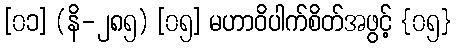
[၀၁] (နိ-၂၈၅) [၀၅] မဟာဝိပါက်စိတ်အဖွင့် {၀၅}